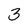
Character: 3